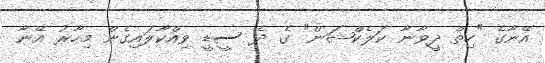
އޭނާގެ "ހިތް ދީވާނާ ކަލެކްޝަން" ގެ ދެ ސީޑީ ވިއްކާލައިގެން މިހާރު އޭނާ